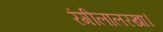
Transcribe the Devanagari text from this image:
रंगीलालरखा।